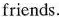
friends.